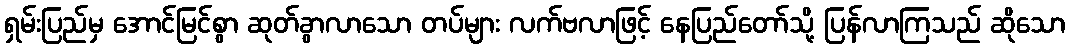
ရှမ်းပြည်မှ အောင်မြင်စွာ ဆုတ်ခွာလာသော တပ်များ လက်ဗလာဖြင့် နေပြည်တော်သို့ ပြန်လာကြသည် ဆိုသော